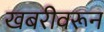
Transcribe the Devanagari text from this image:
खबरीवरून